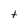
Character: t